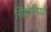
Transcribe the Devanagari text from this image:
सिंहोनियाँ